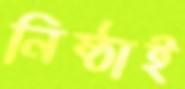
নিষ্ঠাই